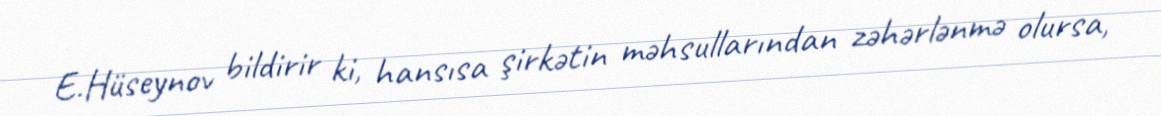
E.Hüseynov bildirir ki, hansısa şirkətin məhsullarından zəhərlənmə olursa,